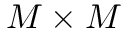
M \times M